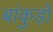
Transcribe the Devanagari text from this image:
बांकुड़ों